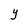
Character: Y